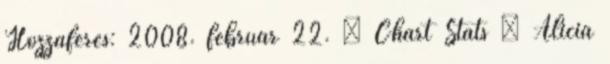
Hozzáférés: 2008. február 22. ↑ Chart Stats – Alicia